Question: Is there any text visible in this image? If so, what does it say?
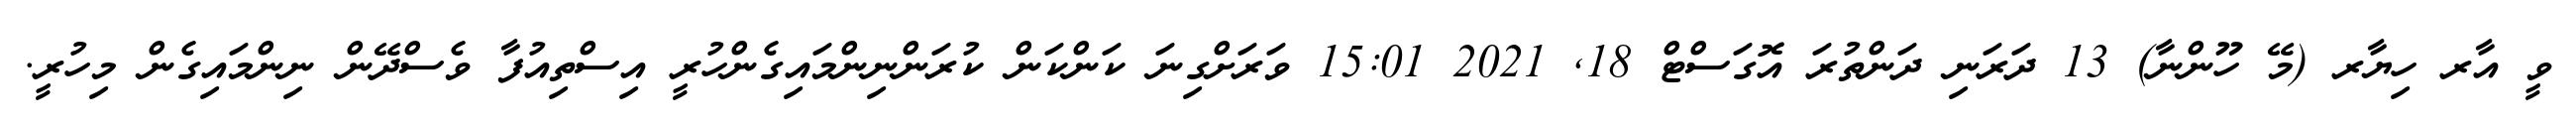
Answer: ވީ އާރ ހިޔާރ (މޭ ހޫންނާ) 13 ދަރަނި ދަންތުރަ އޮގަސްޓް 18, 2021 15:01 ވަރަށްގިނަ ކަންކަން ކުރަންނިންމައިގެންހުރީ އިސްތިއުފާ ވެސްދޭން ނިންމައިގެން މިހުރީ.